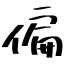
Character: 偏